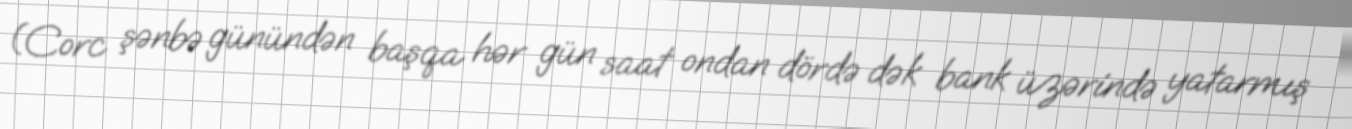
(Corc şənbə günündən başqa hər gün saat ondan dördə dək bank üzərində yatarmış